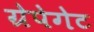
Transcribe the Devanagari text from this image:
ग्रेपेगेट